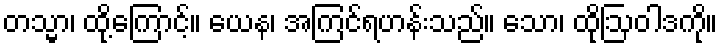
တသ္မာ၊ ထို့ကြောင့်။ ယေန၊ အကြင်ရဟန်းသည်။ သော၊ ထိုဩဝါဒကို။